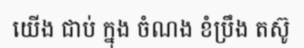
យើង ជាប់ ក្នុង ចំណង ខំប្រឹង តស៊ូ